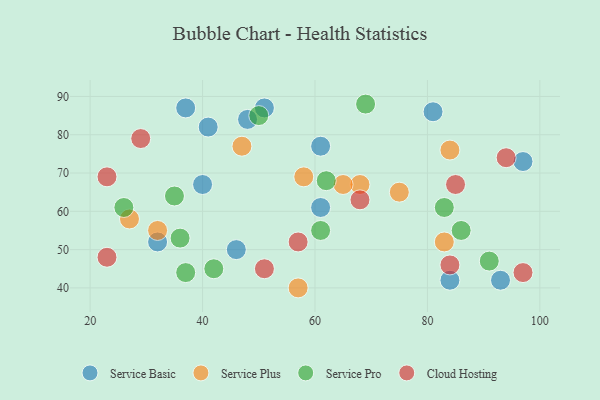
{"axis": {"x": "GDP", "y": "Life Expectancy"}, "legend": ["Cloud Hosting", "Service Basic", "Service Plus", "Service Pro"], "data": [{"x": "41", "y": 82, "type": "Service Basic"}, {"x": "97", "y": 73, "type": "Service Basic"}, {"x": "81", "y": 86, "type": "Service Basic"}, {"x": "48", "y": 84, "type": "Service Basic"}, {"x": "46", "y": 50, "type": "Service Basic"}, {"x": "32", "y": 52, "type": "Service Basic"}, {"x": "51", "y": 87, "type": "Service Basic"}, {"x": "61", "y": 61, "type": "Service Basic"}, {"x": "84", "y": 42, "type": "Service Basic"}, {"x": "37", "y": 87, "type": "Service Basic"}, {"x": "61", "y": 77, "type": "Service Basic"}, {"x": "93", "y": 42, "type": "Service Basic"}, {"x": "40", "y": 67, "type": "Service Basic"}, {"x": "75", "y": 65, "type": "Service Plus"}, {"x": "57", "y": 40, "type": "Service Plus"}, {"x": "47", "y": 77, "type": "Service Plus"}, {"x": "27", "y": 58, "type": "Service Plus"}, {"x": "83", "y": 52, "type": "Service Plus"}, {"x": "68", "y": 67, "type": "Service Plus"}, {"x": "32", "y": 55, "type": "Service Plus"}, {"x": "65", "y": 67, "type": "Service Plus"}, {"x": "84", "y": 76, "type": "Service Plus"}, {"x": "58", "y": 69, "type": "Service Plus"}, {"x": "61", "y": 55, "type": "Service Pro"}, {"x": "86", "y": 55, "type": "Service Pro"}, {"x": "69", "y": 88, "type": "Service Pro"}, {"x": "42", "y": 45, "type": "Service Pro"}, {"x": "83", "y": 61, "type": "Service Pro"}, {"x": "26", "y": 61, "type": "Service Pro"}, {"x": "37", "y": 44, "type": "Service Pro"}, {"x": "62", "y": 68, "type": "Service Pro"}, {"x": "50", "y": 85, "type": "Service Pro"}, {"x": "36", "y": 53, "type": "Service Pro"}, {"x": "91", "y": 47, "type": "Service Pro"}, {"x": "35", "y": 64, "type": "Service Pro"}, {"x": "29", "y": 79, "type": "Cloud Hosting"}, {"x": "51", "y": 45, "type": "Cloud Hosting"}, {"x": "84", "y": 46, "type": "Cloud Hosting"}, {"x": "85", "y": 67, "type": "Cloud Hosting"}, {"x": "57", "y": 52, "type": "Cloud Hosting"}, {"x": "23", "y": 69, "type": "Cloud Hosting"}, {"x": "23", "y": 48, "type": "Cloud Hosting"}, {"x": "94", "y": 74, "type": "Cloud Hosting"}, {"x": "68", "y": 63, "type": "Cloud Hosting"}, {"x": "97", "y": 44, "type": "Cloud Hosting"}]}